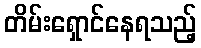
တိမ်းရှောင်နေရသည့်